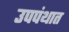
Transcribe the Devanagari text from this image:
उपपंथात